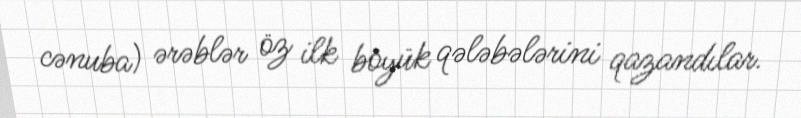
cənuba) ərəblər öz ilk böyük qələbələrini qazandılar.